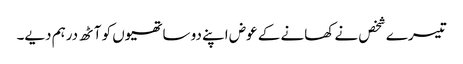
تیسرے شخص نے کھانے کے عوض اپنے دو ساتھیوں کو آٹھ درہم دیے۔